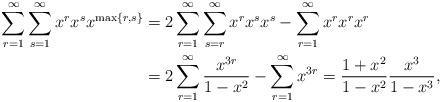
LaTeX: \begin{align*}\sum_{r=1}^\infty \sum_{s=1}^\infty x^r x^s x^{\max\{r,s\}} &= 2 \sum_{r=1}^\infty \sum_{s=r}^\infty x^r x^s x^s - \sum_{r=1}^\infty x^r x^r x^r \\&= 2 \sum_{r=1}^\infty \frac{x^{3r}}{1 - x^2} - \sum_{r=1}^\infty x^{3r} = \frac{1+x^2}{1-x^2} \frac{x^3}{1-x^3},\end{align*}